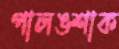
পালঙশাক